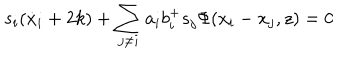
LaTeX: s _ { i } ( \dot { x } _ { i } + 2 k ) + \sum _ { j \neq i } a _ { i } b _ { i } ^ { + } s _ { j } \Phi ( x _ { i } - x _ { j } , z ) = 0